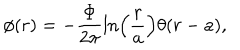
\phi ( r ) = - \displaystyle \frac { \Phi } { 2 \pi } \ln \left( \displaystyle \frac { r } { a } \right) \theta ( r - a ) ,